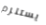
يستلزم